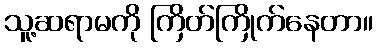
သူ့ဆရာမကို ကြိတ်ကြိုက်နေတာ။